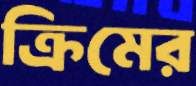
ক্রিমের